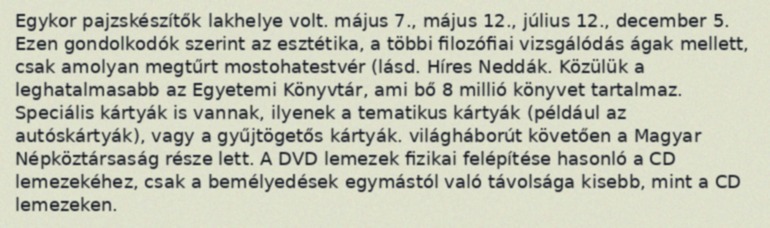
Egykor pajzskészítők lakhelye volt. május 7., május 12., július 12., december 5. Ezen gondolkodók szerint az esztétika, a többi filozófiai vizsgálódás ágak mellett, csak amolyan megtűrt mostohatestvér (lásd. Híres Neddák. Közülük a leghatalmasabb az Egyetemi Könyvtár, ami bő 8 millió könyvet tartalmaz. Speciális kártyák is vannak, ilyenek a tematikus kártyák (például az autóskártyák), vagy a gyűjtögetős kártyák. világháborút követően a Magyar Népköztársaság része lett. A DVD lemezek fizikai felépítése hasonló a CD lemezekéhez, csak a bemélyedések egymástól való távolsága kisebb, mint a CD lemezeken.